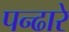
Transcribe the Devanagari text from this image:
पन्ढारे